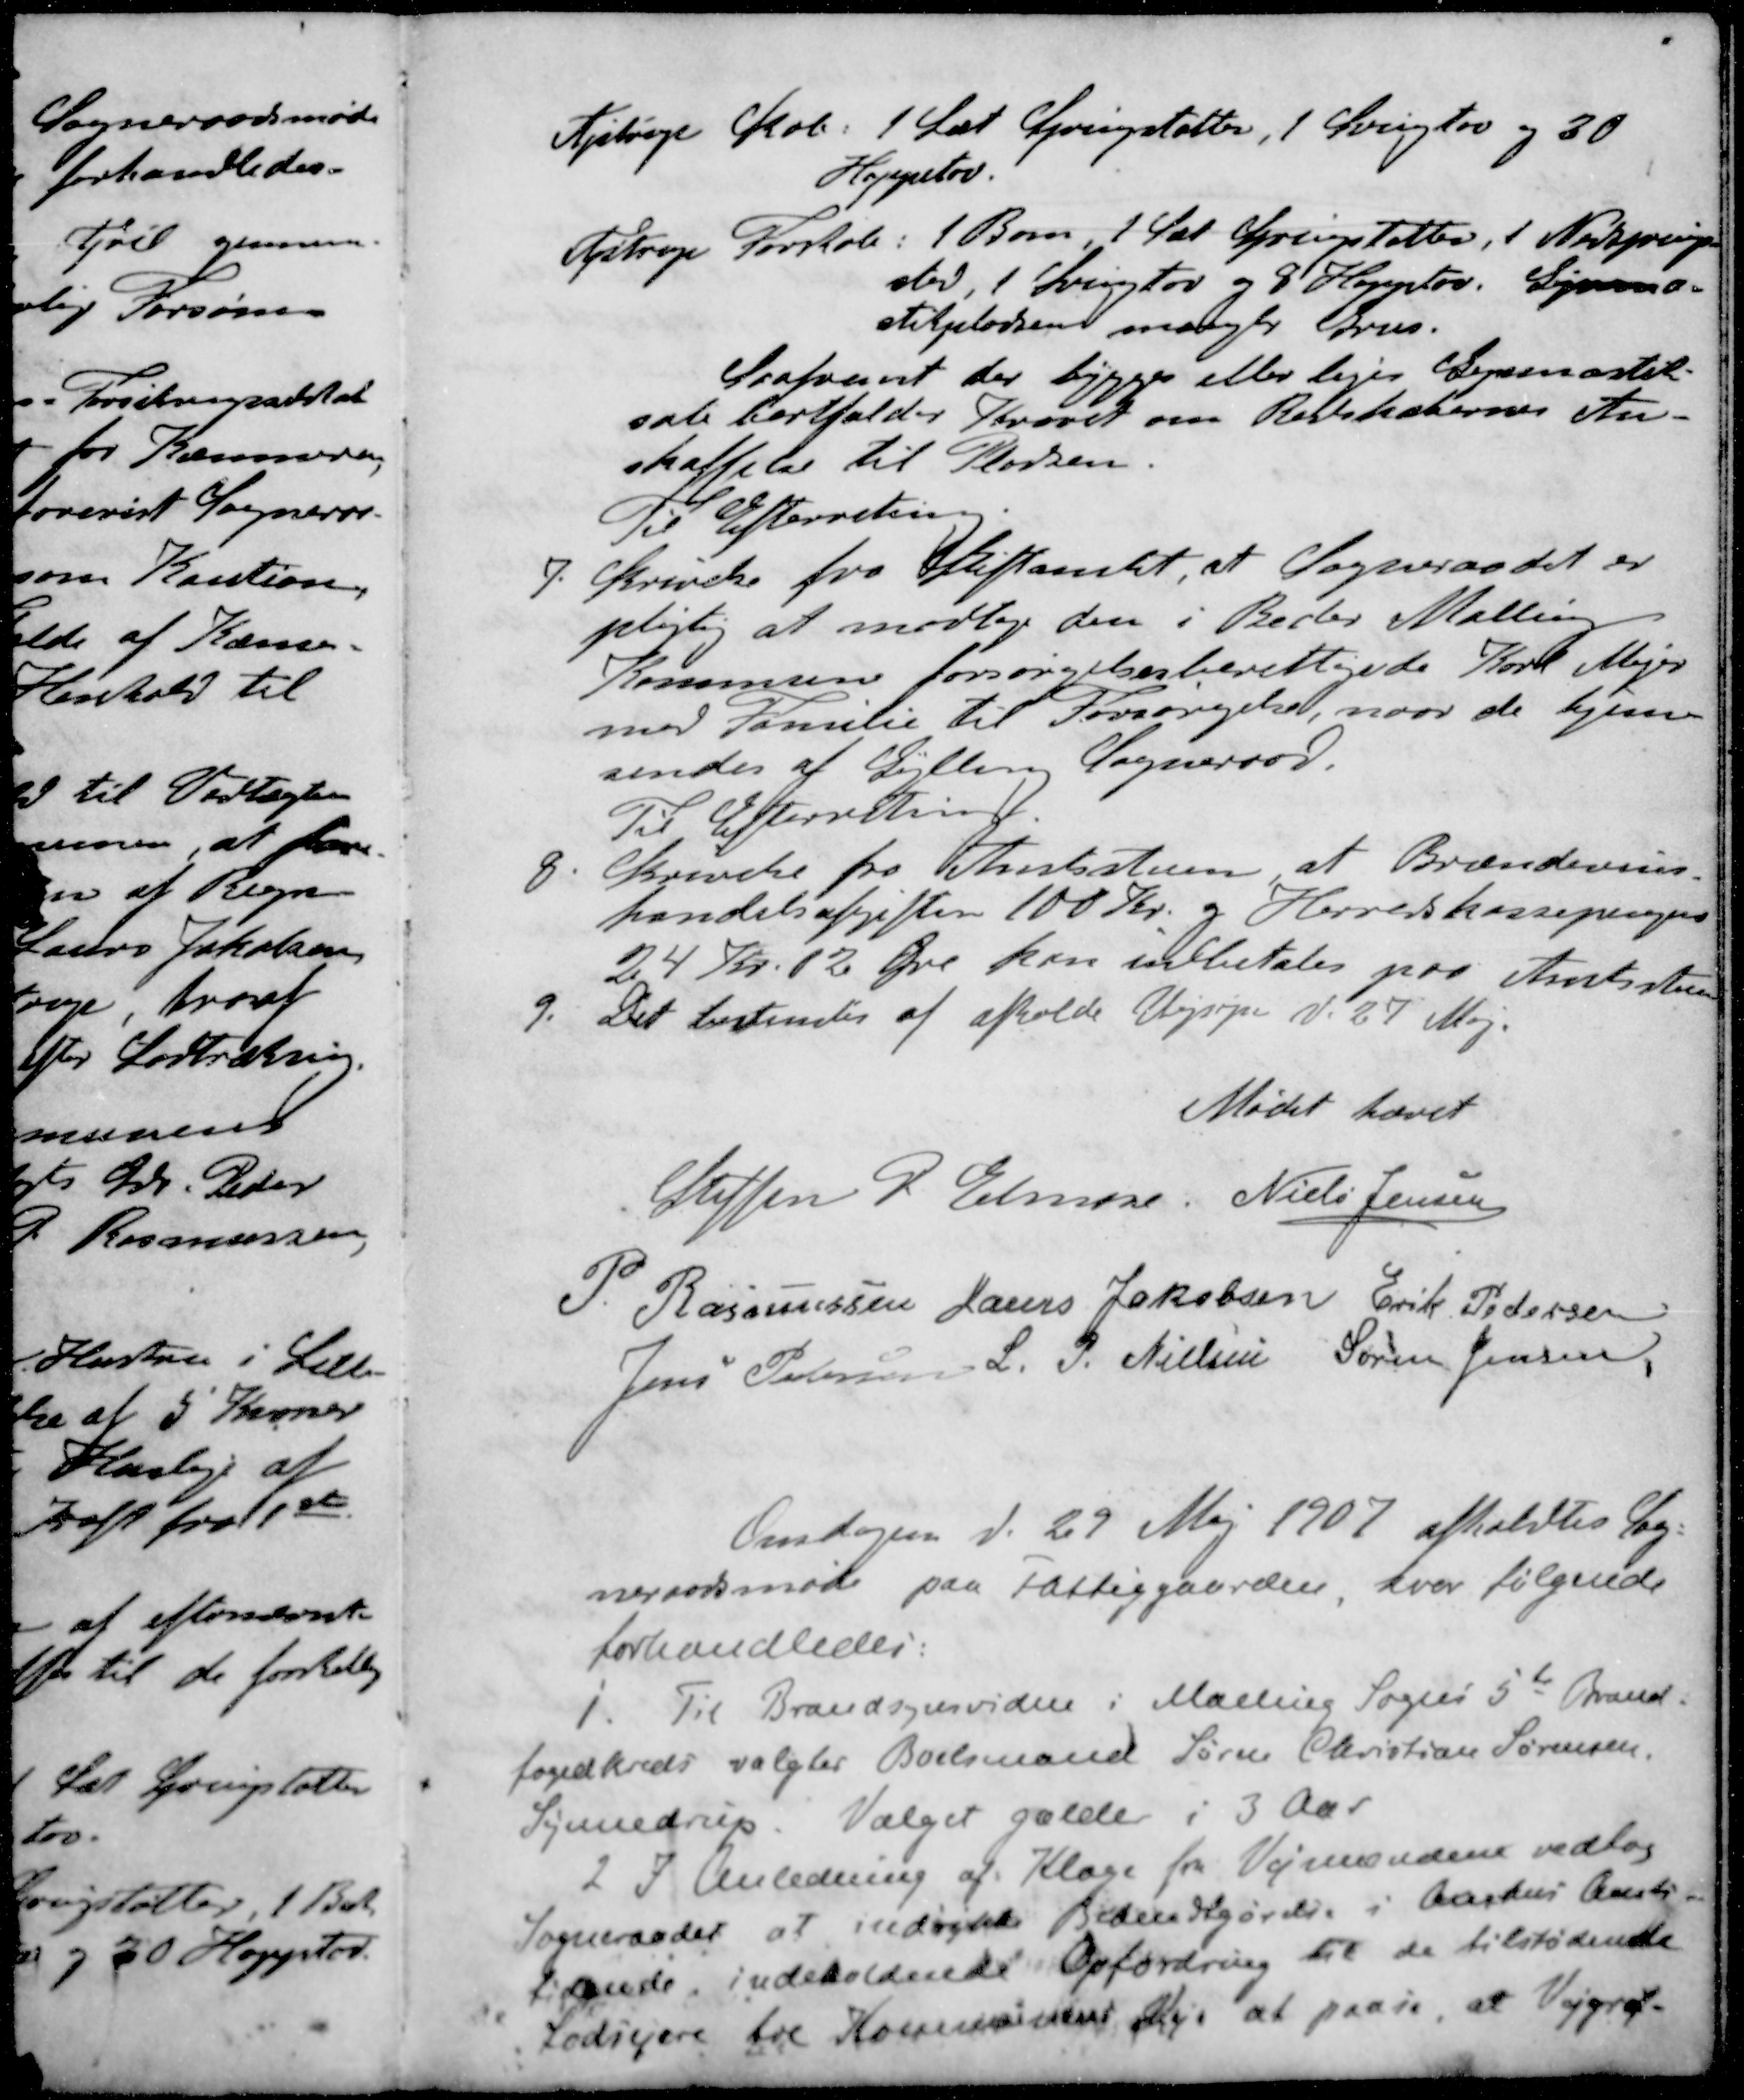
Transskription:
Ajstrup Skole 1 Sæt Springstøtter, 1 Svingtov og 30
Hoppetov.
Ajstrup Forskole: 1 Bom 1 Par Springstøtter, 1 Nedsprings-
sted, 1 Svingtov og 8 Hoppetov Gymna-
stikpladsen mangler Grus.
Saafremt der bygges eller lejes Gymnastik-
sale bortfalder Kravet om Redskabernes An-
skaffelse til Pladsen.
Til Efterretning
7. Skrivelse fra Stiftamtet, at Sogneraadet er
pligtig at modtage den i Beder Malling
Kommune forsørgelsesberettigede Karl Mejer
med Familie til Forsørgelse, naar de hjem-
sendes af Gylling Sogneraad.
Til Efterretning.
8. Skrivelse fra Amtsstuen at Brændevins-
handelsafgiften 100 Kr. og Herredskassepengers
24 Kr. 12 Øre kan udbetales paa Amtsstuen
9. Det bestemtes af afholde Vejsyn d. 27 Maj.
Mødet hævet
Steffen P. Elmose
Niels Jensen
P. Rasmussen
Laurs Jakobsen
Erik Pedersen
Jens Pedersen
S P. Nielsen
Søren Jensen
Onsdagen d. 29 Maj 1907 afholdtes Sog-
neraadsmøde paa Fattiggaarden hvor følgende
forhandledes:
1. Til Brandsynsvidne i Malling Sogns 5te Brand-
fogedkreds valgtes Boelsmand Søren Christian Sørensen,
Synnedrup. Valget gælder i 3 Aar
2 I Anledning af Klage fra Vejmændene vedtog
Sogneraadet at indrykke Bekendtgørelse i Aarhus Amts-
tidende indeholdende Opfordring til de tilstødende
Lodsejere fra Kommunens Veje at paase, at Vejgrøf-